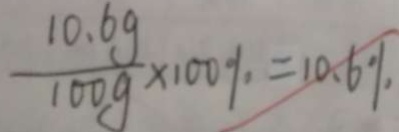
\frac { 1 0 . 6 g } { 1 0 0 g } \times 1 0 0 \% = 1 0 . 6 \%